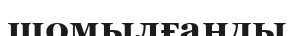
шомылғанды